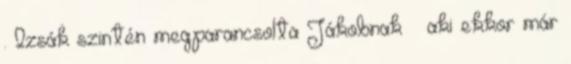
. Izsák szintén megparancsolta Jákobnak – aki ekkor már